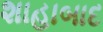
શાહાબાદ